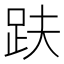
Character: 趺